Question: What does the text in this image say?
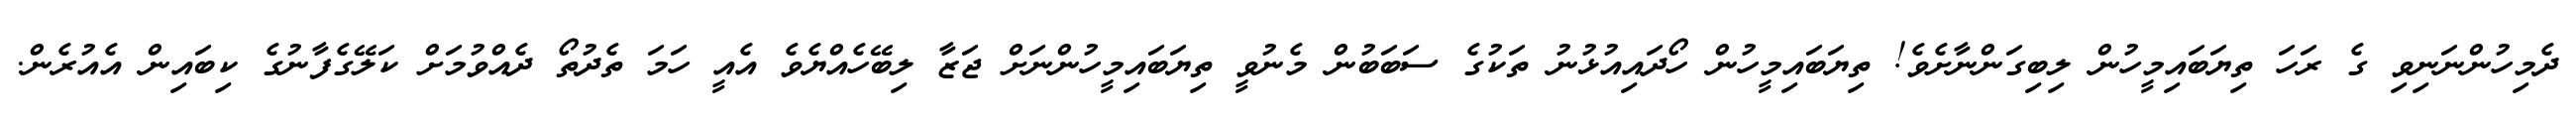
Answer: ދެމިހުންނަނިވި ގެ ރަހަ ތިޔަބައިމީހުން ލިބިގަންނާށެވެ! ތިޔަބައިމީހުން ހޯދައިއުޅުނު ތަކުގެ ސަބަބުން މެނުވީ ތިޔަބައިމީހުންނަށް ޖަޒާ ލިބޭހެއްޔެވެ އެއީ ހަމަ ތެދުތޯ ދެއްވުމަށް ކަލޭގެފާނުގެ ކިބައިން އެއުރެން.